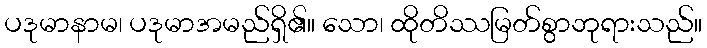
ပဒုမာနာမ၊ ပဒုမာအမည်ရှိ၏။ သော၊ ထိုတိဿမြတ်စွာဘုရားသည်။